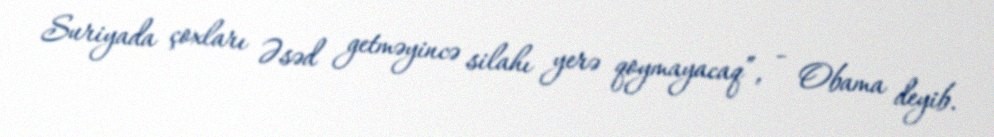
Suriyada çoxları Əsəd getməyincə silahı yerə qoymayacaq”, - Obama deyib.